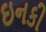
ઇનકી